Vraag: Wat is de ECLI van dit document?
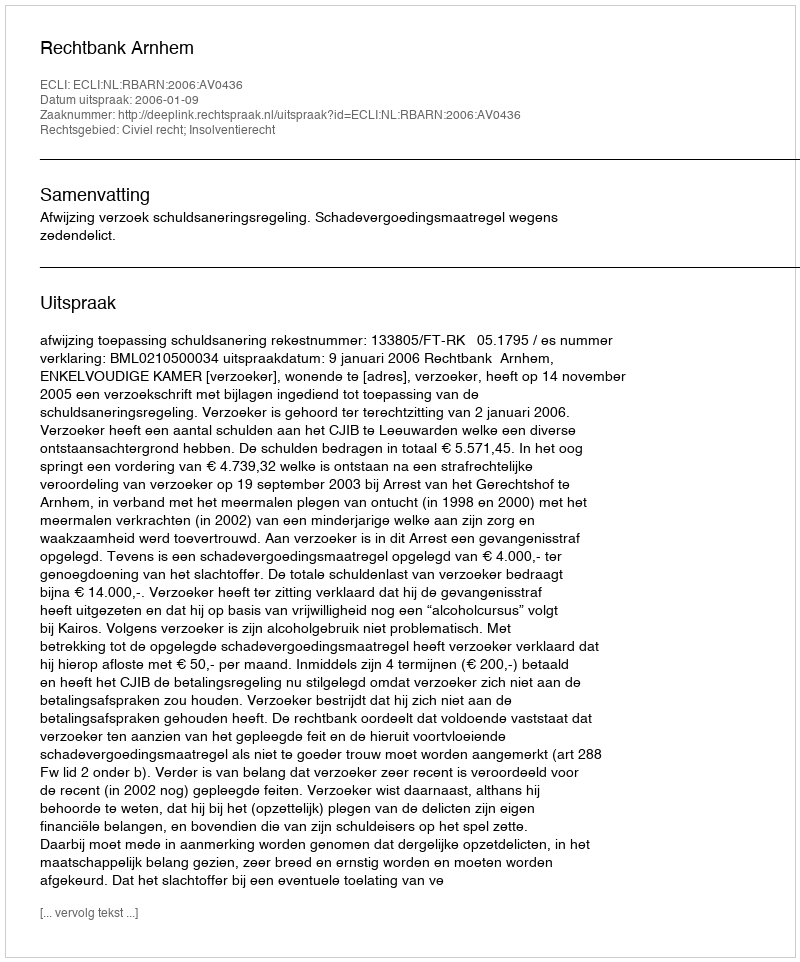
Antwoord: ECLI:NL:RBARN:2006:AV0436